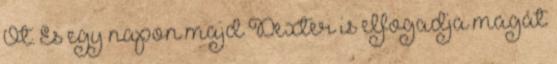
Őt. És egy napon majd Dexter is elfogadja magát